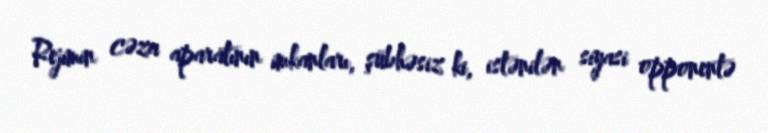
Rejimin cəza aparatının imkanları, şübhəsiz ki, istənilən siyasi opponentə